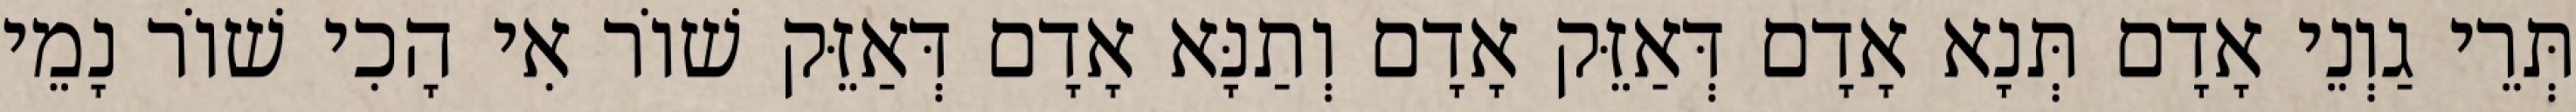
תְּרֵי גַוְנֵי אָדָם תְּנָא אָדָם דְּאַזֵּק אָדָם וְתַנָּא אָדָם דְּאַזֵּק שׁוֹר אִי הָכִי שׁוֹר נָמֵי